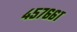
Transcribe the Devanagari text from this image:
४५७६६१